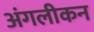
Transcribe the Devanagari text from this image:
अंगलीकन